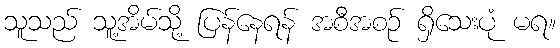
သူသည် သူ့အိမ်သို့ ပြန်နေရန် အစီအစဉ် ရှိသေးပုံ မရ။